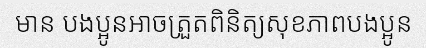
មាន បងប្អូនអាចត្រួតពិនិត្យសុខភាពបងប្អូន